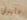
مليوني